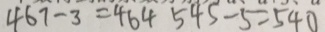
4 6 7 - 3 = 4 6 4 5 4 5 - 5 = 5 4 0